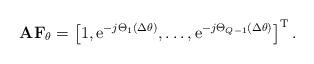
LaTeX: \begin{align*}\mathbf{AF}_{\theta } = \left[ 1, \textrm{e}^{-j\Theta _{1}(\Delta \theta )}, \ldots ,\textrm{e}^{-j\Theta _{Q-1}(\Delta \theta )}\right] ^{\textrm{T}}.\end{align*}